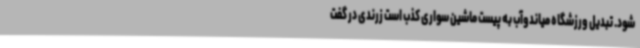
شود. تبدیل ورزشگاه میاندوآب به پیست ماشین سواری کذب است زرندی در گفت